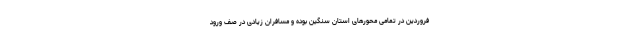
فروردین در تمامی محور‌های استان سنگین بوده و مسافران زیادی در صف ورود